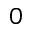
0